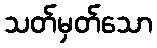
သတ်မှတ်သော